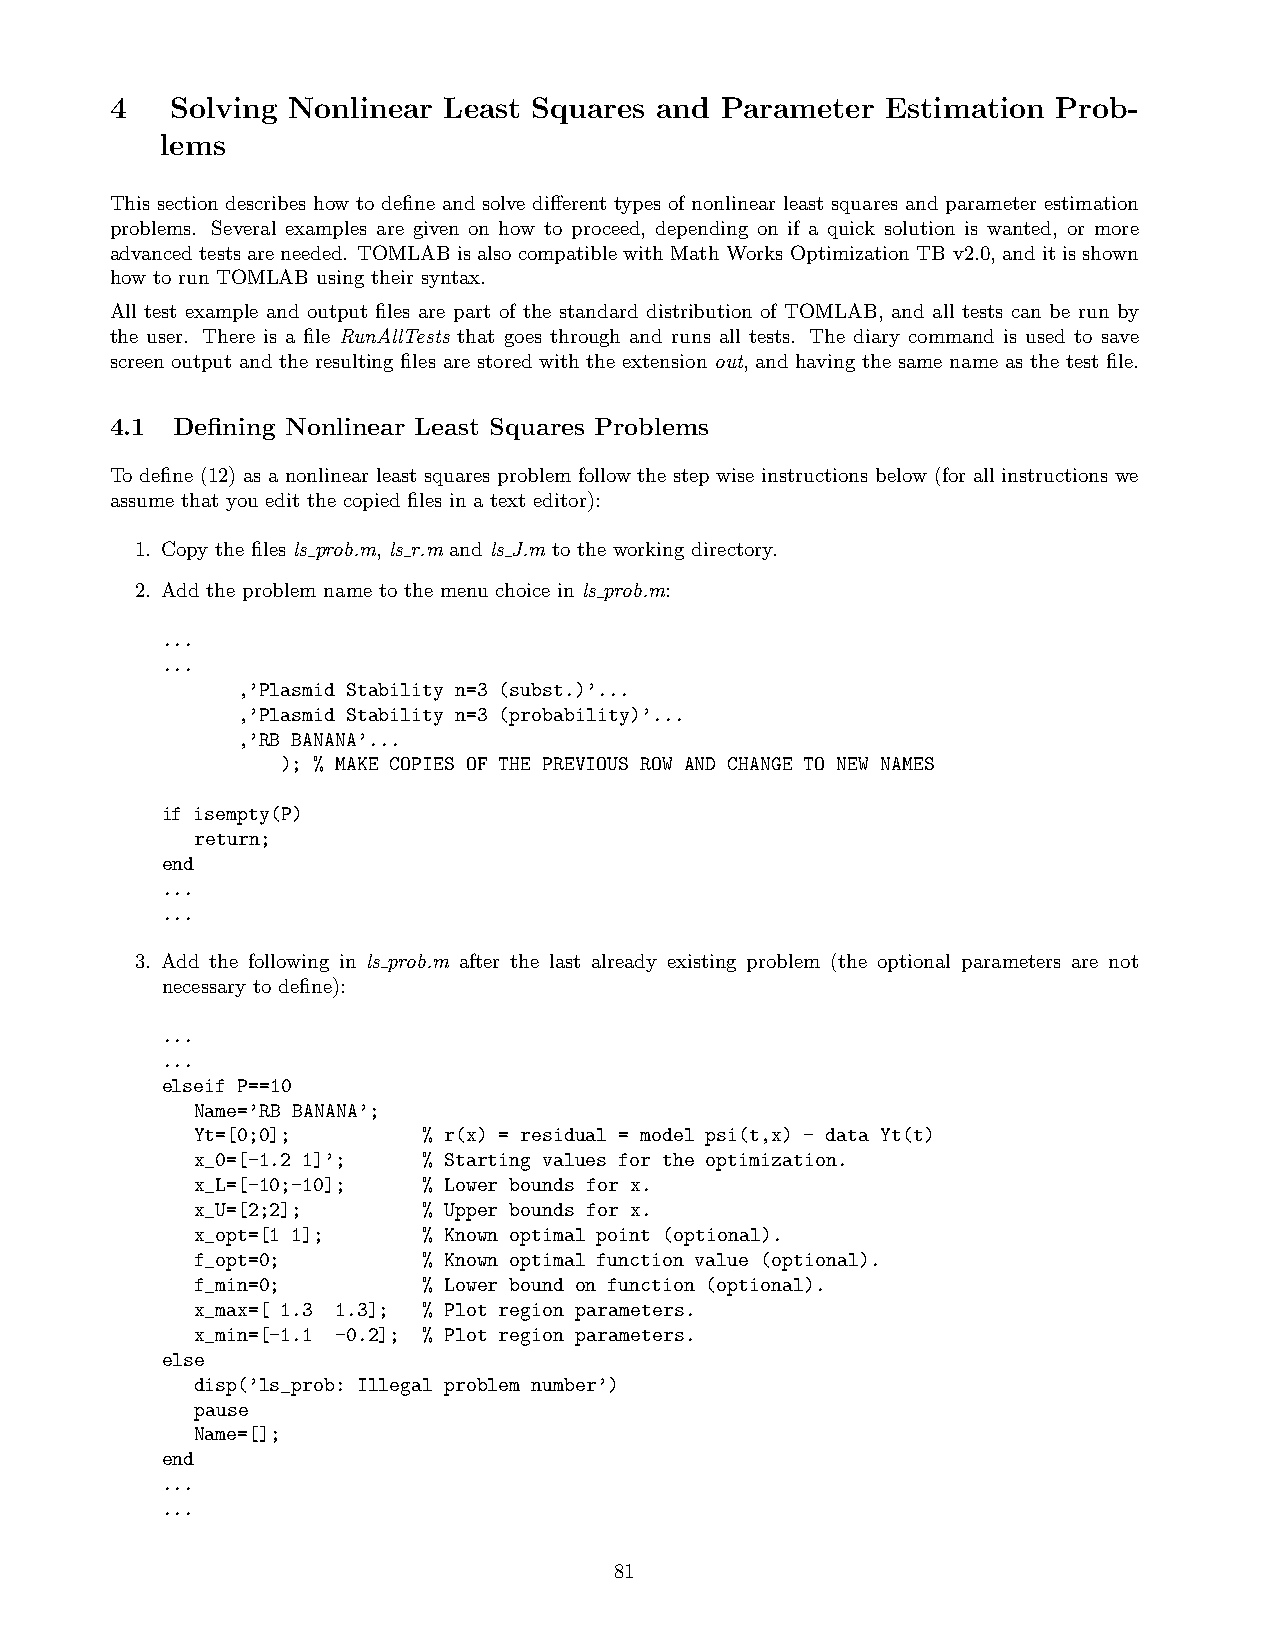
4   Solving Nonlinear Least Squares and  Parameter  Estimation Prob-
 lems
 This section describes how to define and solve different types of nonlinear least squares and parameter estimation
 problems. Several examples are given on how to proceed, depending on if a quick solution is wanted, or more
 advancedtestsareneeded. TOMLABisalsocompatiblewithMath Works Optimization TB v2.0, anditisshown
 how to run TOMLAB using their syntax.
 All test example and output files are part of the standard distribution of TOMLAB, and all tests can be run by
 the user. There is a file RunAllTests that goes through and runs all tests. The diary command is used to save
 screen output and the resulting files are stored with the extension out, and having the same name as the test file.
 4.1 Defining Nonlinear Least Squares Problems
 To define (12) as a nonlinear least squares problem follow the step wise instructions below (for all instructions we
 assume that you edit the copied files in a text editor):
 1. Copy the files ls prob.m, ls r.m and ls J.m to the working directory.
 2. Add the problem name to the menu choice in ls prob.m:
 ...
 ...
 ,’Plasmid Stability n=3 (subst.)’...
 ,’Plasmid Stability n=3 (probability)’...
 ,’RB BANANA’...
 ); % MAKE COPIES OF THE PREVIOUS ROW AND CHANGE TO NEW NAMES
 if isempty(P)
 return;
 end
 ...
 ...
 3. Add the following in ls prob.m after the last already existing problem (the optional parameters are not
 necessary to define):
 ...
 ...
 elseif P==10
 Name=’RB BANANA’;
 Yt=[0;0];      % r(x) = residual = model psi(t,x) - data Yt(t)
 x_0=[-1.2 1]’; % Starting values for the optimization.
 x_L=[-10;-10]; % Lower bounds for x.
 x_U=[2;2];     % Upper bounds for x.
 x_opt=[1 1];   % Known optimal point (optional).
 f_opt=0;       % Known optimal function value (optional).
 f_min=0;       % Lower bound on function (optional).
 x_max=[ 1.3 1.3]; % Plot region parameters.
 x_min=[-1.1 -0.2]; % Plot region parameters.
 else
 disp(’ls_prob: Illegal problem number’)
 pause
 Name=[];
 end
 ...
 ...
 81